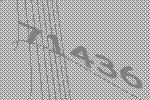
71436